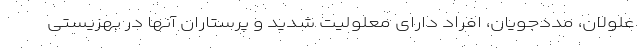
علولان، مددجویان، افراد دارای معلولیت شدید و پرستاران آنها در بهزیستی